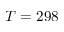
T = 2 9 8